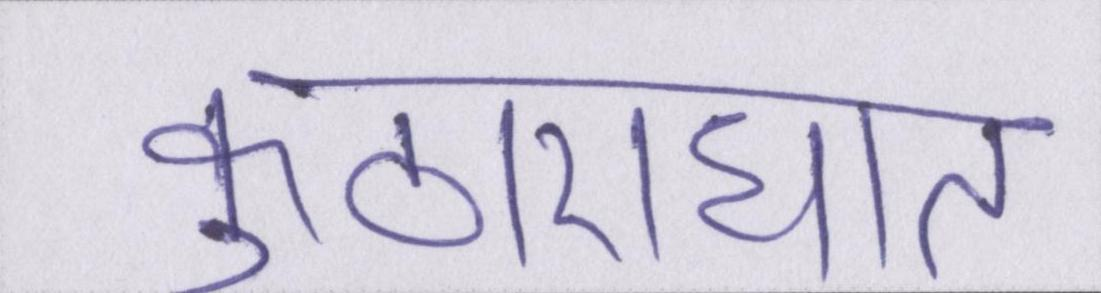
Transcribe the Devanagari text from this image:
कुठाराघात